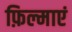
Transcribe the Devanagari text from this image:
फ़िल्माएं